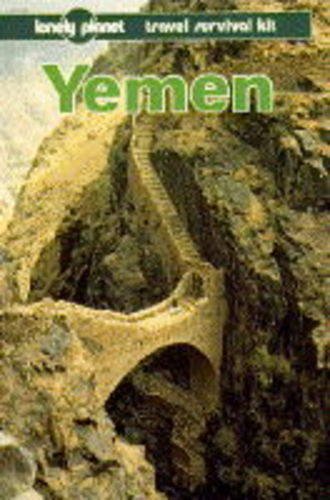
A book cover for Lonely Planet Yemen (Lonely Planet Travel Survival Kit); Pertti Hamalainen; Travel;